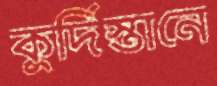
কুর্দিস্তানে